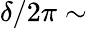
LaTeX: \delta/2\pi\sim